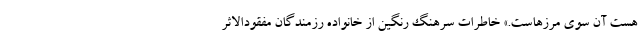
هست آن سوی مرزهاست.» خاطرات سرهنگ رنگین از خانواده رزمندگان مفقودالاثر